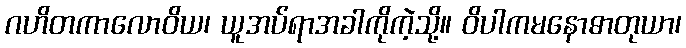
ဂဟိတကာလောဝိယ၊ ယူအပ်ရာအခါကိုကဲ့သို့။ ဝိပါကမနောဓာတုယာ၊